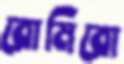
রোমিরো